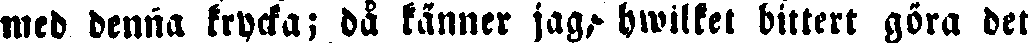
med denna krycka; då känner jag,- hwilket bittert göra det